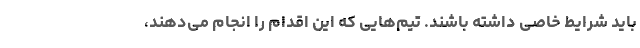
باید شرایط خاصی داشته باشند. تیم‌هایی که این اقدام را انجام می‌دهند،